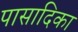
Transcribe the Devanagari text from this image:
पासादिका